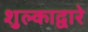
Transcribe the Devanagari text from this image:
शुल्काद्वारे